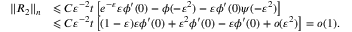
\begin{array} { r l } { \| R _ { 2 } \| _ { n } } & { \leqslant C \varepsilon ^ { - 2 } t \left[ e ^ { - \varepsilon } \varepsilon \phi ^ { \prime } ( 0 ) - \phi ( - \varepsilon ^ { 2 } ) - \varepsilon \phi ^ { \prime } ( 0 ) \psi ( - \varepsilon ^ { 2 } ) \right] } \\ & { \leqslant C \varepsilon ^ { - 2 } t \left[ ( 1 - \varepsilon ) \varepsilon \phi ^ { \prime } ( 0 ) + \varepsilon ^ { 2 } \phi ^ { \prime } ( 0 ) - \varepsilon \phi ^ { \prime } ( 0 ) + o ( \varepsilon ^ { 2 } ) \right] = o ( 1 ) . } \end{array}